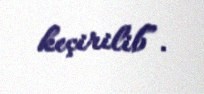
keçirilib”.